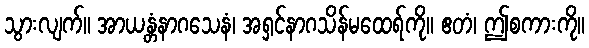
သွားလျက်။ အာယန္တံနာဂသေနံ၊ အရှင်နာဂသိန်မထေရ်ကို။ ဧတံ၊ ဤစကားကို။